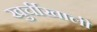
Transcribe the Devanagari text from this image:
खुर्चीखाली